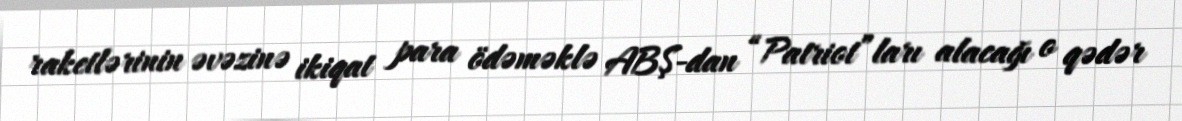
raketlərinin əvəzinə ikiqat para ödəməklə ABŞ-dan “Patriot”ları alacağı o qədər